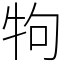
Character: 𤘽